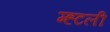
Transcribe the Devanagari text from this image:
म्ह्टली